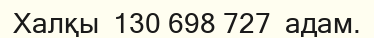
Халқы  130 698 727  адам.